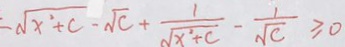
\sqrt { x ^ { 2 } + c } - \sqrt { c } + \frac { 1 } { \sqrt { x ^ { 2 } + c } } - \frac { 1 } { \sqrt { c } } \geq 0